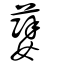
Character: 㜸